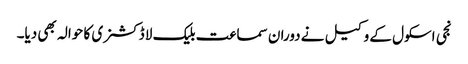
نجی اسکول کے وکیل نے دوران سماعت بلیک لا ڈکشنری کا حوالہ بھی دیا۔